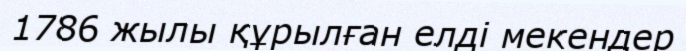
1786 жылы құрылған елді мекендер